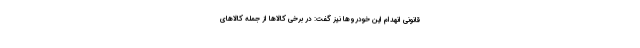
قانونی انهدام این خودروها نیز گفت: در برخی کالاها از جمله کالاهای